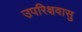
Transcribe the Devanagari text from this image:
उपरिक्षवासु